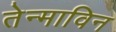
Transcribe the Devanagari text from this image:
तेन्माविन